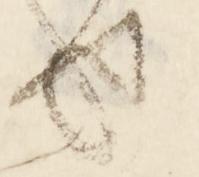
せ